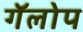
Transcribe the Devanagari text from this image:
गॅलोप